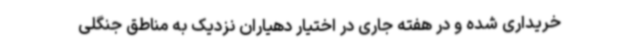
خریداری شده و در هفته جاری در اختیار دهیاران نزدیک به مناطق جنگلی